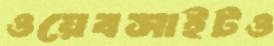
ওয়েবসাইটও